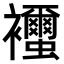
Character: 𧟐